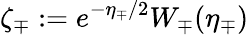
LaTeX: \zeta_{\mp}:=e^{-\eta_{\mp}/2}W_{\mp}(\eta_{\mp})